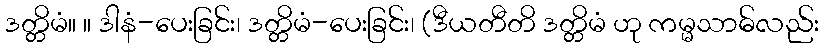
ဒတ္တိမံ။ ။ ဒါနံ-ပေးခြင်း၊ ဒတ္တိမံ-ပေးခြင်း၊ (ဒီယတီတိ ဒတ္တိမံ ဟု ကမ္မသာဓ်လည်း